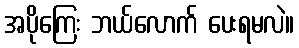
အပိုကြေး ဘယ်လောက် ပေးရမလဲ။